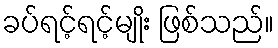
ခပ်ရင့်ရင့်မျိုး ဖြစ်သည်။